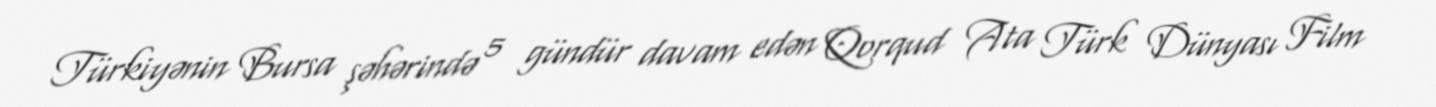
Türkiyənin Bursa şəhərində 5 gündür davam edən Qorqud Ata Türk Dünyası Film